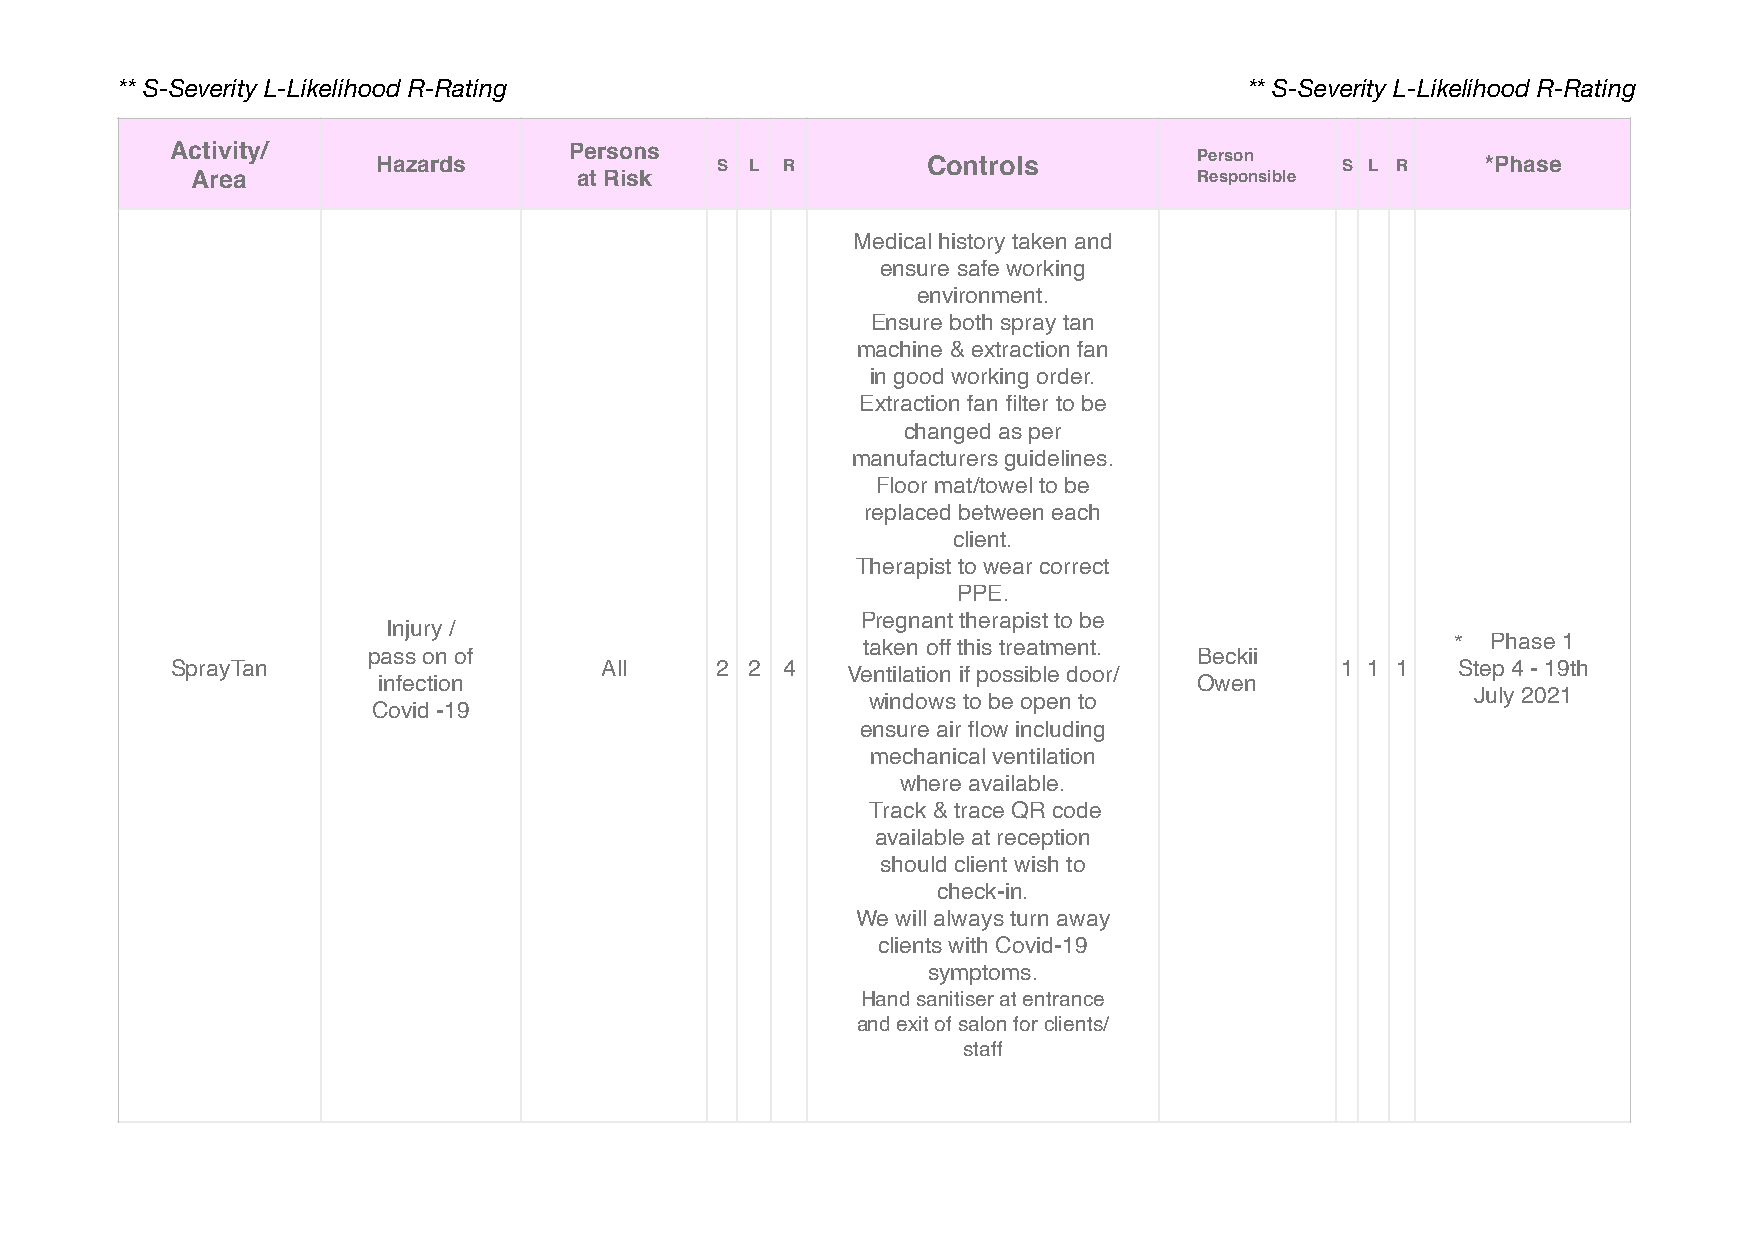
** S-Severity L-Likelihood R-Rating                                        ** S-Severity L-Likelihood R-Rating
 Activity/     Hazards      Persons  S  L R        Controls          Person    S L R    *Phase
 Area                     at Risk                                  Responsible
 Medical history taken and
 ensure safe working
 environment.
 Ensure both spray tan
 machine & extraction fan
 in good working order.
 Extraction fan filter to be
 changed as per
 manufacturers guidelines.
 Floor mat/towel to be
 replaced between each
 client.
 Therapist to wear correct
 PPE.
 Pregnant therapist to be
 Injury /
 taken off this treatment.              *  Phase 1
 pass on of                                             Beckii
 SprayTan                     All    2 2  4   Ventilation if possible door/    1 1 1  Step 4 - 19th
 infection                                             Owen
 windows to be open to                    July 2021
 Covid -19
 ensure air flow including
 mechanical ventilation
 where available.
 Track & trace QR code
 available at reception
 should client wish to
 check-in.
 We will always turn away
 clients with Covid-19
 symptoms.
 Hand sanitiser at entrance
 and exit of salon for clients/
 staff